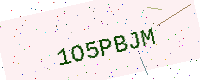
Text: 1O5PBJM